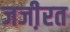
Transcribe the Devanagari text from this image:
जजी़रत